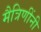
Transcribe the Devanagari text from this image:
मैत्रिणींनी